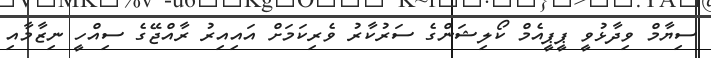
ސިޔާމް ވިދާޅުވީ ޕީޕީއެމް ކޯލިޝަންގެ ސަރުކާރު ވެރިކަމަށް އައިއިރު ރާއްޖޭގެ ސިއްހީ ނިޒާމާއި